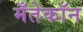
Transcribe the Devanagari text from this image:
मँतेकॉन